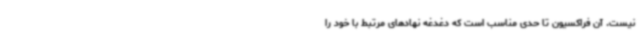
نیست. آن فراکسیون تا حدی مناسب است که دغدغه نهادهای مرتبط با خود را